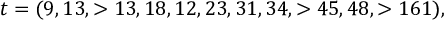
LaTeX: t = ( 9 , 1 3 , > 1 3 , 1 8 , 1 2 , 2 3 , 3 1 , 3 4 , > 4 5 , 4 8 , > 1 6 1 ) ,